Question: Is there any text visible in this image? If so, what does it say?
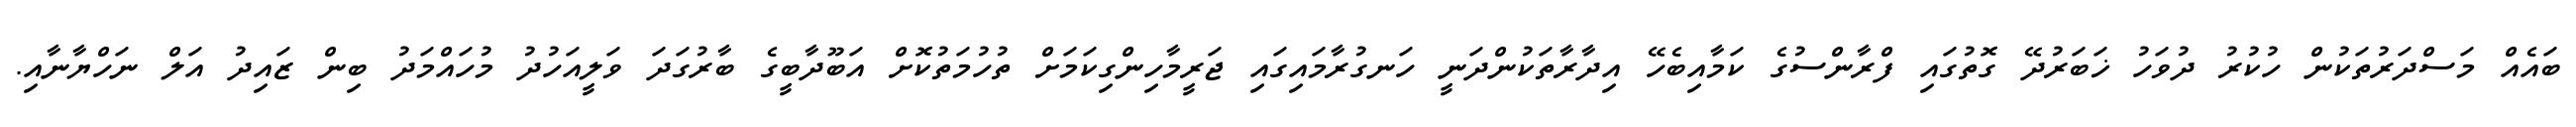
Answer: ބައެއް މަސްދަރުތަކުން ހުކުރު ދުވަހު ޚަބަރުދޭ ގޮތުގައި ފްރާންސުގެ ކަމާއިބެހޭ އިދާރާތަކުންދަނީ ހަނގުރާމައިގައި ޖަރީމާހިންގިކަމަށް ތުހުމަތުކޮށް އަބޫދާބީގެ ބާރުގަދަ ވަލީއަހުދު މުހައްމަދު ބިން ޒައިދު އަލް ނަހްޔާނާއި.